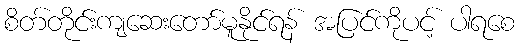
စိတ်တိုင်းကျဆေးတော်မူနိုင်ရန် အပြင်ကိုပင့် ပါရစေ